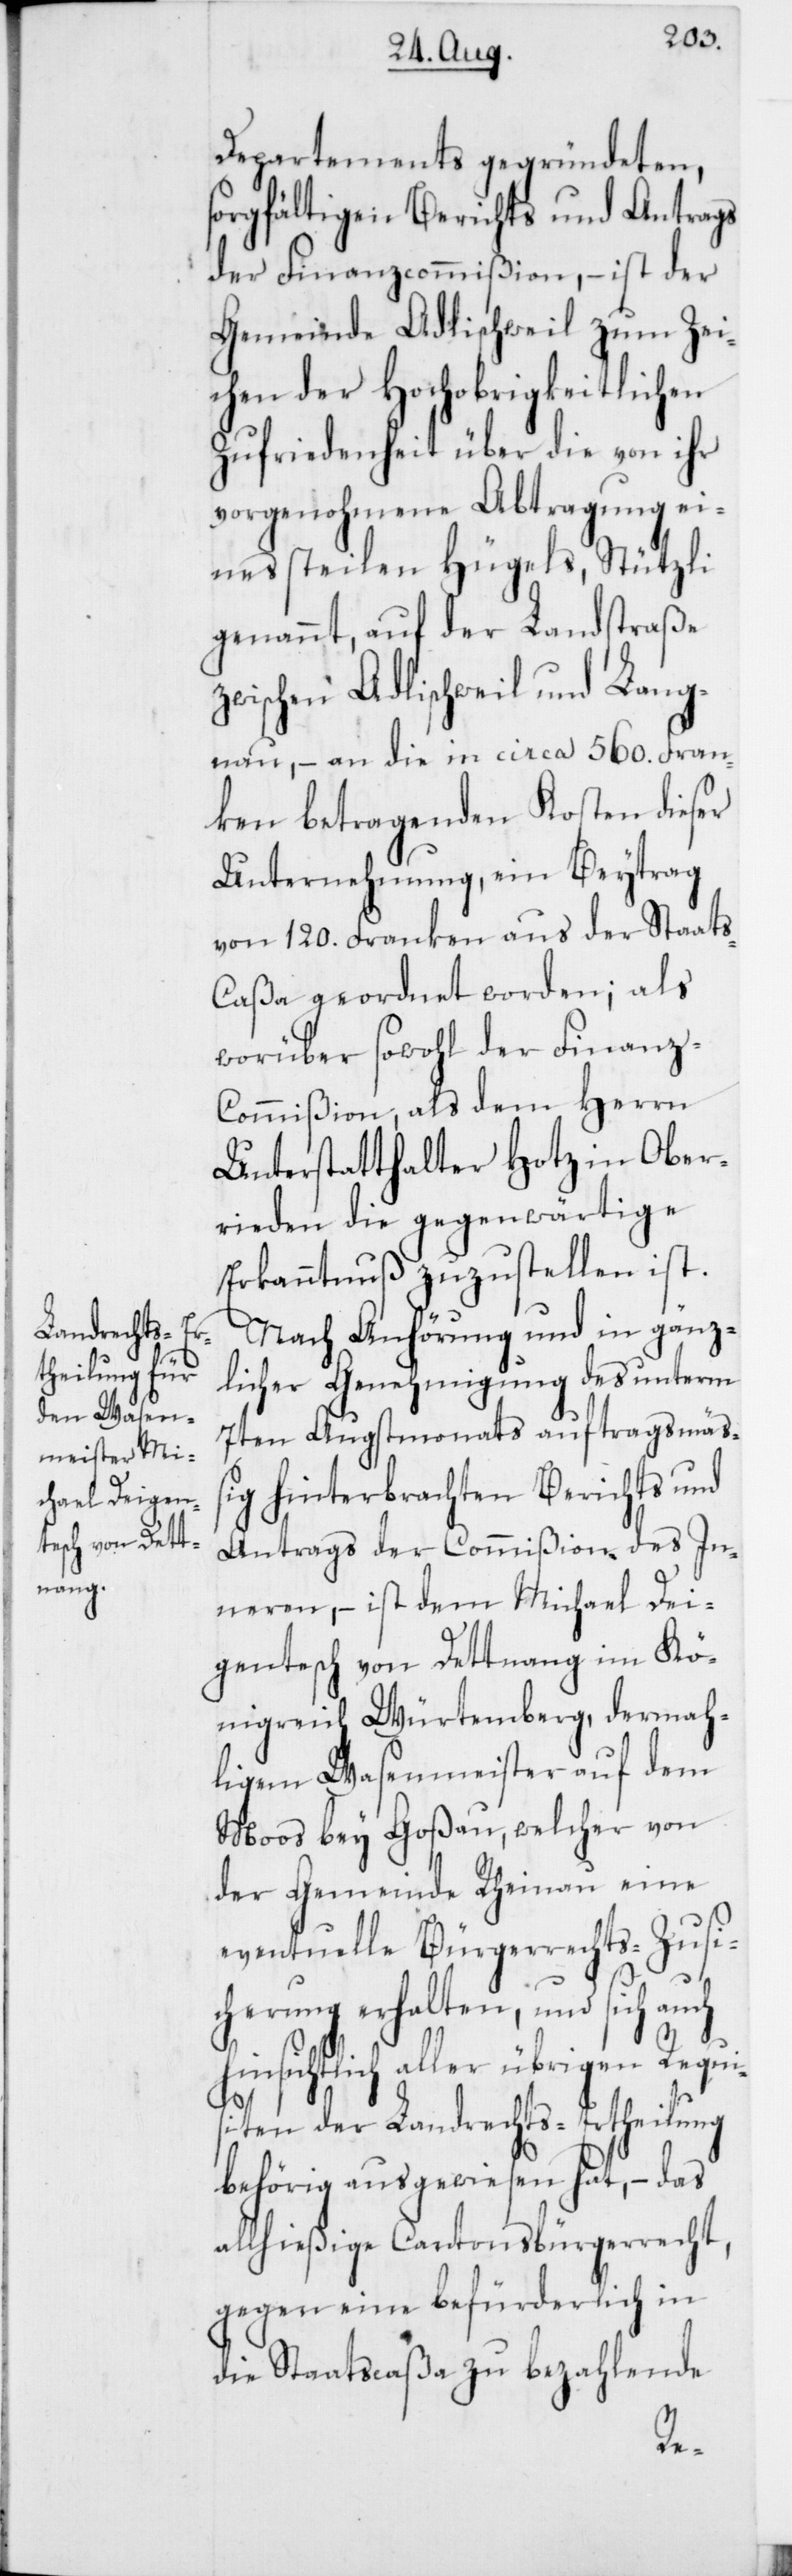
Departements gegründeten,
sorgfältigen Berichts und Antrags
der Finanzcommißion, – ist der
Gemeinde Adlischweil zum Zei¬
chen der Hochobrigkeitlichen
Zufriedenheit über die von ihr
vorgenohmene Abtragung ei¬
nes stheilen Hügels, Stützli
genannt, auf der Landstraße
zwischen Adlischweil und Lang¬
nau, – an die in circa 560. Fran¬
ken betragenden Kosten dieser
Unternehmung, ein Beytrag
von 120. Franken aus der Staat¬
s-Caßa geordnet worden; als
worüber sowohl der Finanz-C¬
ommißion, als dem Herrn
Unterstatthalter Hotz in Ober¬
rieden die gegenwärtige
Erkanntnuß zuzustellen ist.
Nach Anhörung und in gänz¬
licher Genehmigung des unterm
7ten Augstmonats auftragsmäß¬
ig hinterbrachten Berichts und
Antrags der Commißion des In¬
neren, – ist dem Michael Dei¬
gentesch von Dettnang im Kö¬
nigreich Würtemberg, dermah¬
ligem Wasenmeister auf dem
Moos bey Goßau, welcher von
der Gemeinde Rheinau eine
eventuelle Bürgerrechts-Zusi¬
cherung erhalten, und sich auch
hinsichtlich aller übrigen Requis¬
iten der Landrechts-Ertheilung
behörig ausgewiesen hat, – das
allhießige Cantonsbürgerrecht,
gegen eine befürderlich in
die Staatscaßa zu bezahlende